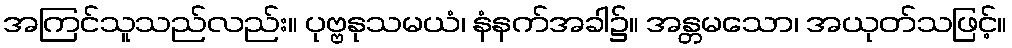
အကြင်သူသည်လည်း။ ပုဗ္ဗနုသမယံ၊ နံနက်အခါ၌။ အန္တမသော၊ အယုတ်သဖြင့်။